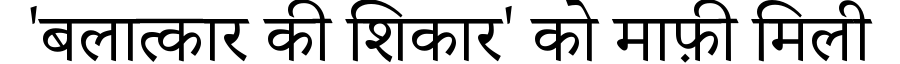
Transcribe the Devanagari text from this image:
'बलात्कार की शिकार' को माफ़ी मिली